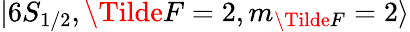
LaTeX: \lvert 6S_{1/2},\Tilde{F}=2,m_{\Tilde{F}}=2\rangle